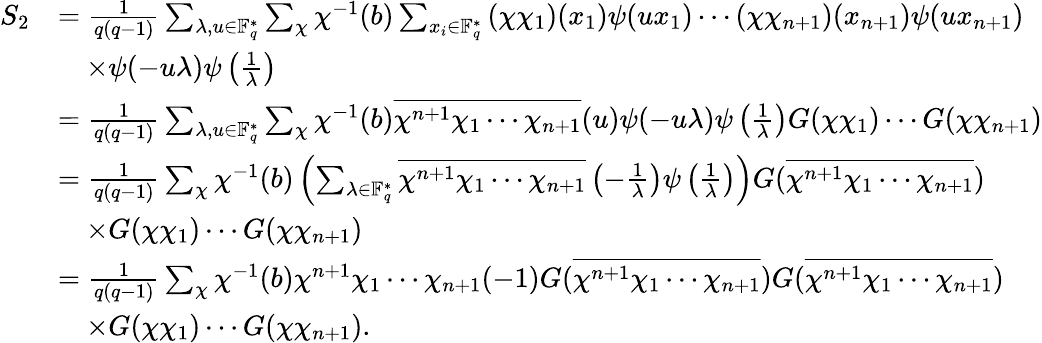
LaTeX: \begin{array}{rl}{S_{2}}&{=\frac{1}{q(q-1)}\sum_{\lambda,u\in\mathbb{F}_{q}^{*}}\sum_{\chi}\chi^{-1}(b)\sum_{x_{i}\in\mathbb{F}_{q}^{*}}\left(\chi\chi_{1}\right)(x_{1})\psi(ux_{1})\cdots\left(\chi\chi_{n+1}\right)(x_{n+1})\psi(ux_{n+1})}\\ &{\quad\times\psi(-u\lambda)\psi\left(\frac{1}{\lambda}\right)}\\ &{=\frac{1}{q(q-1)}\sum_{\lambda,u\in\mathbb{F}_{q}^{*}}\sum_{\chi}\chi^{-1}(b)\overline{{\chi^{n+1}\chi_{1}\cdots\chi_{n+1}}}(u)\psi(-u\lambda)\psi\left(\frac{1}{\lambda}\right)G(\chi\chi_{1})\cdots G(\chi\chi_{n+1})}\\ &{=\frac{1}{q(q-1)}\sum_{\chi}\chi^{-1}(b)\left(\sum_{\lambda\in\mathbb{F}_{q}^{*}}\overline{{\chi^{n+1}\chi_{1}\cdots\chi_{n+1}}}\left(-\frac{1}{\lambda}\right)\psi\left(\frac{1}{\lambda}\right)\right)G(\overline{{\chi^{n+1}\chi_{1}\cdots\chi_{n+1}}})}\\ &{\quad\times G(\chi\chi_{1})\cdots G(\chi\chi_{n+1})}\\ &{=\frac{1}{q(q-1)}\sum_{\chi}\chi^{-1}(b)\chi^{n+1}\chi_{1}\cdots\chi_{n+1}(-1)G(\overline{{\chi^{n+1}\chi_{1}\cdots\chi_{n+1}}})G(\overline{{\chi^{n+1}\chi_{1}\cdots\chi_{n+1}}})}\\ &{\quad\times G(\chi\chi_{1})\cdots G(\chi\chi_{n+1}).}\end{array}